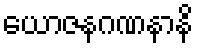
ယောဇနဂဏနာနိ